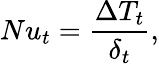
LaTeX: Nu_{t}=\frac{\Delta T_{t}}{\delta_{t}},